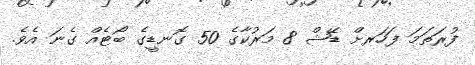
ފުރަތަމަ ފަހަަރށް ޑޭޝް 8 މަރުކާގެ 50 ގޮނޑީގެ ބޯޓެއް ގެނަ އެވެ.